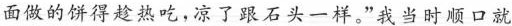
面做的饼得趁热吃，凉了跟石头一样我当时顺口就